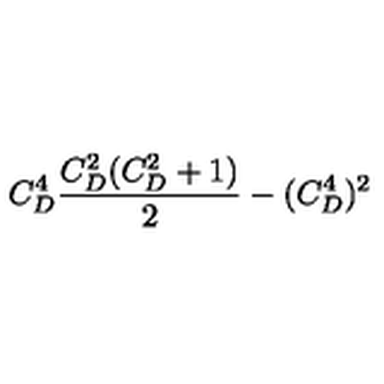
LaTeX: C _ { D } ^ { 4 } { \frac { C _ { D } ^ { 2 } ( C _ { D } ^ { 2 } + 1 ) } { 2 } } - ( C _ { D } ^ { 4 } ) ^ { 2 }